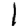
Digit: 1